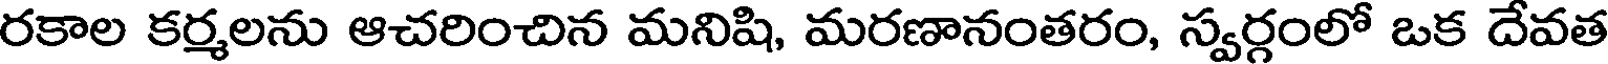
రకాల కర్మలను ఆచరించిన మనిషి, మరణానంతరం, స్వర్గంలో ఒక దేవత